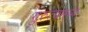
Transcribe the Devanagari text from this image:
गुरुत्वमध्य